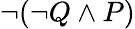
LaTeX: \neg(\neg Q\land P)